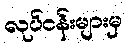
လုပ်ငန်းများမှ